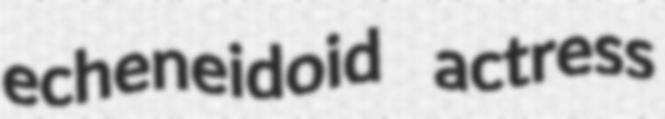
echeneidoid actress